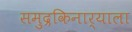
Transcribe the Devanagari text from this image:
समुद्रकिनार्‍याला